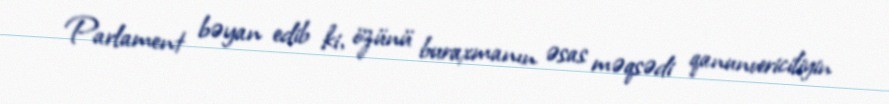
Parlament bəyan edib ki, özünü buraxmanın əsas məqsədi qanunvericiliyin